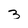
Character: 3